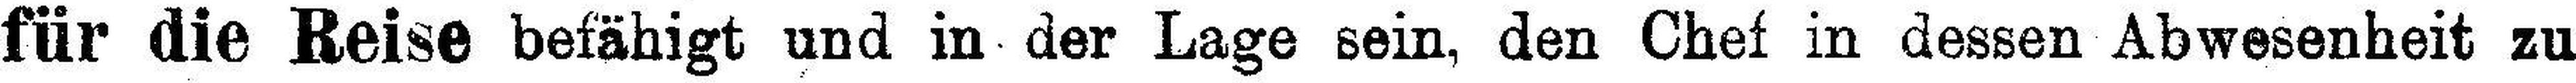
für die Reise befähigt und in der Lage sein, den Chef in dessen Abwesenheit zu